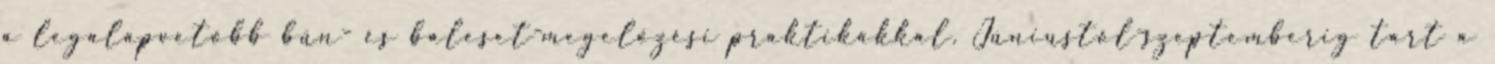
a legalapvetőbb bűn- és baleset-megelőzési praktikákkal. Júniustól-szeptemberig tart a